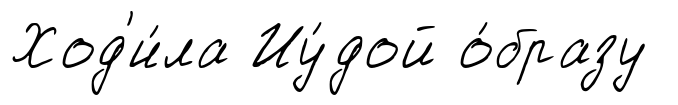
Ход'и́ла Иу́дой о́бразу